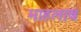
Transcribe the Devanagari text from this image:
माहलाब